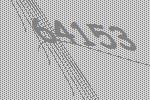
64153